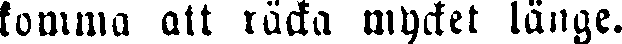
komma att räcka mycket länge.